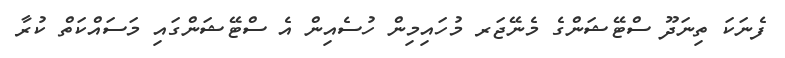
ފެނަކަ ތިނަދޫ ސްޓޭޝަންގެ މެނޭޖަރ މުހައިމިން ހުސެއިން އެ ސްޓޭޝަންގައި މަސައްކަތް ކުރާ